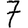
Digit: 7